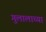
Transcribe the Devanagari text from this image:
गुलालाच्या